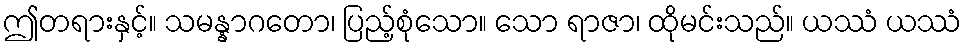
ဤတရားနှင့်။ သမန္နာဂတော၊ ပြည့်စုံသော။ သော ရာဇာ၊ ထိုမင်းသည်။ ယဿံ ယဿံ